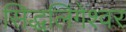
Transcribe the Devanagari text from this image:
सिद्धलिंगेश्वर